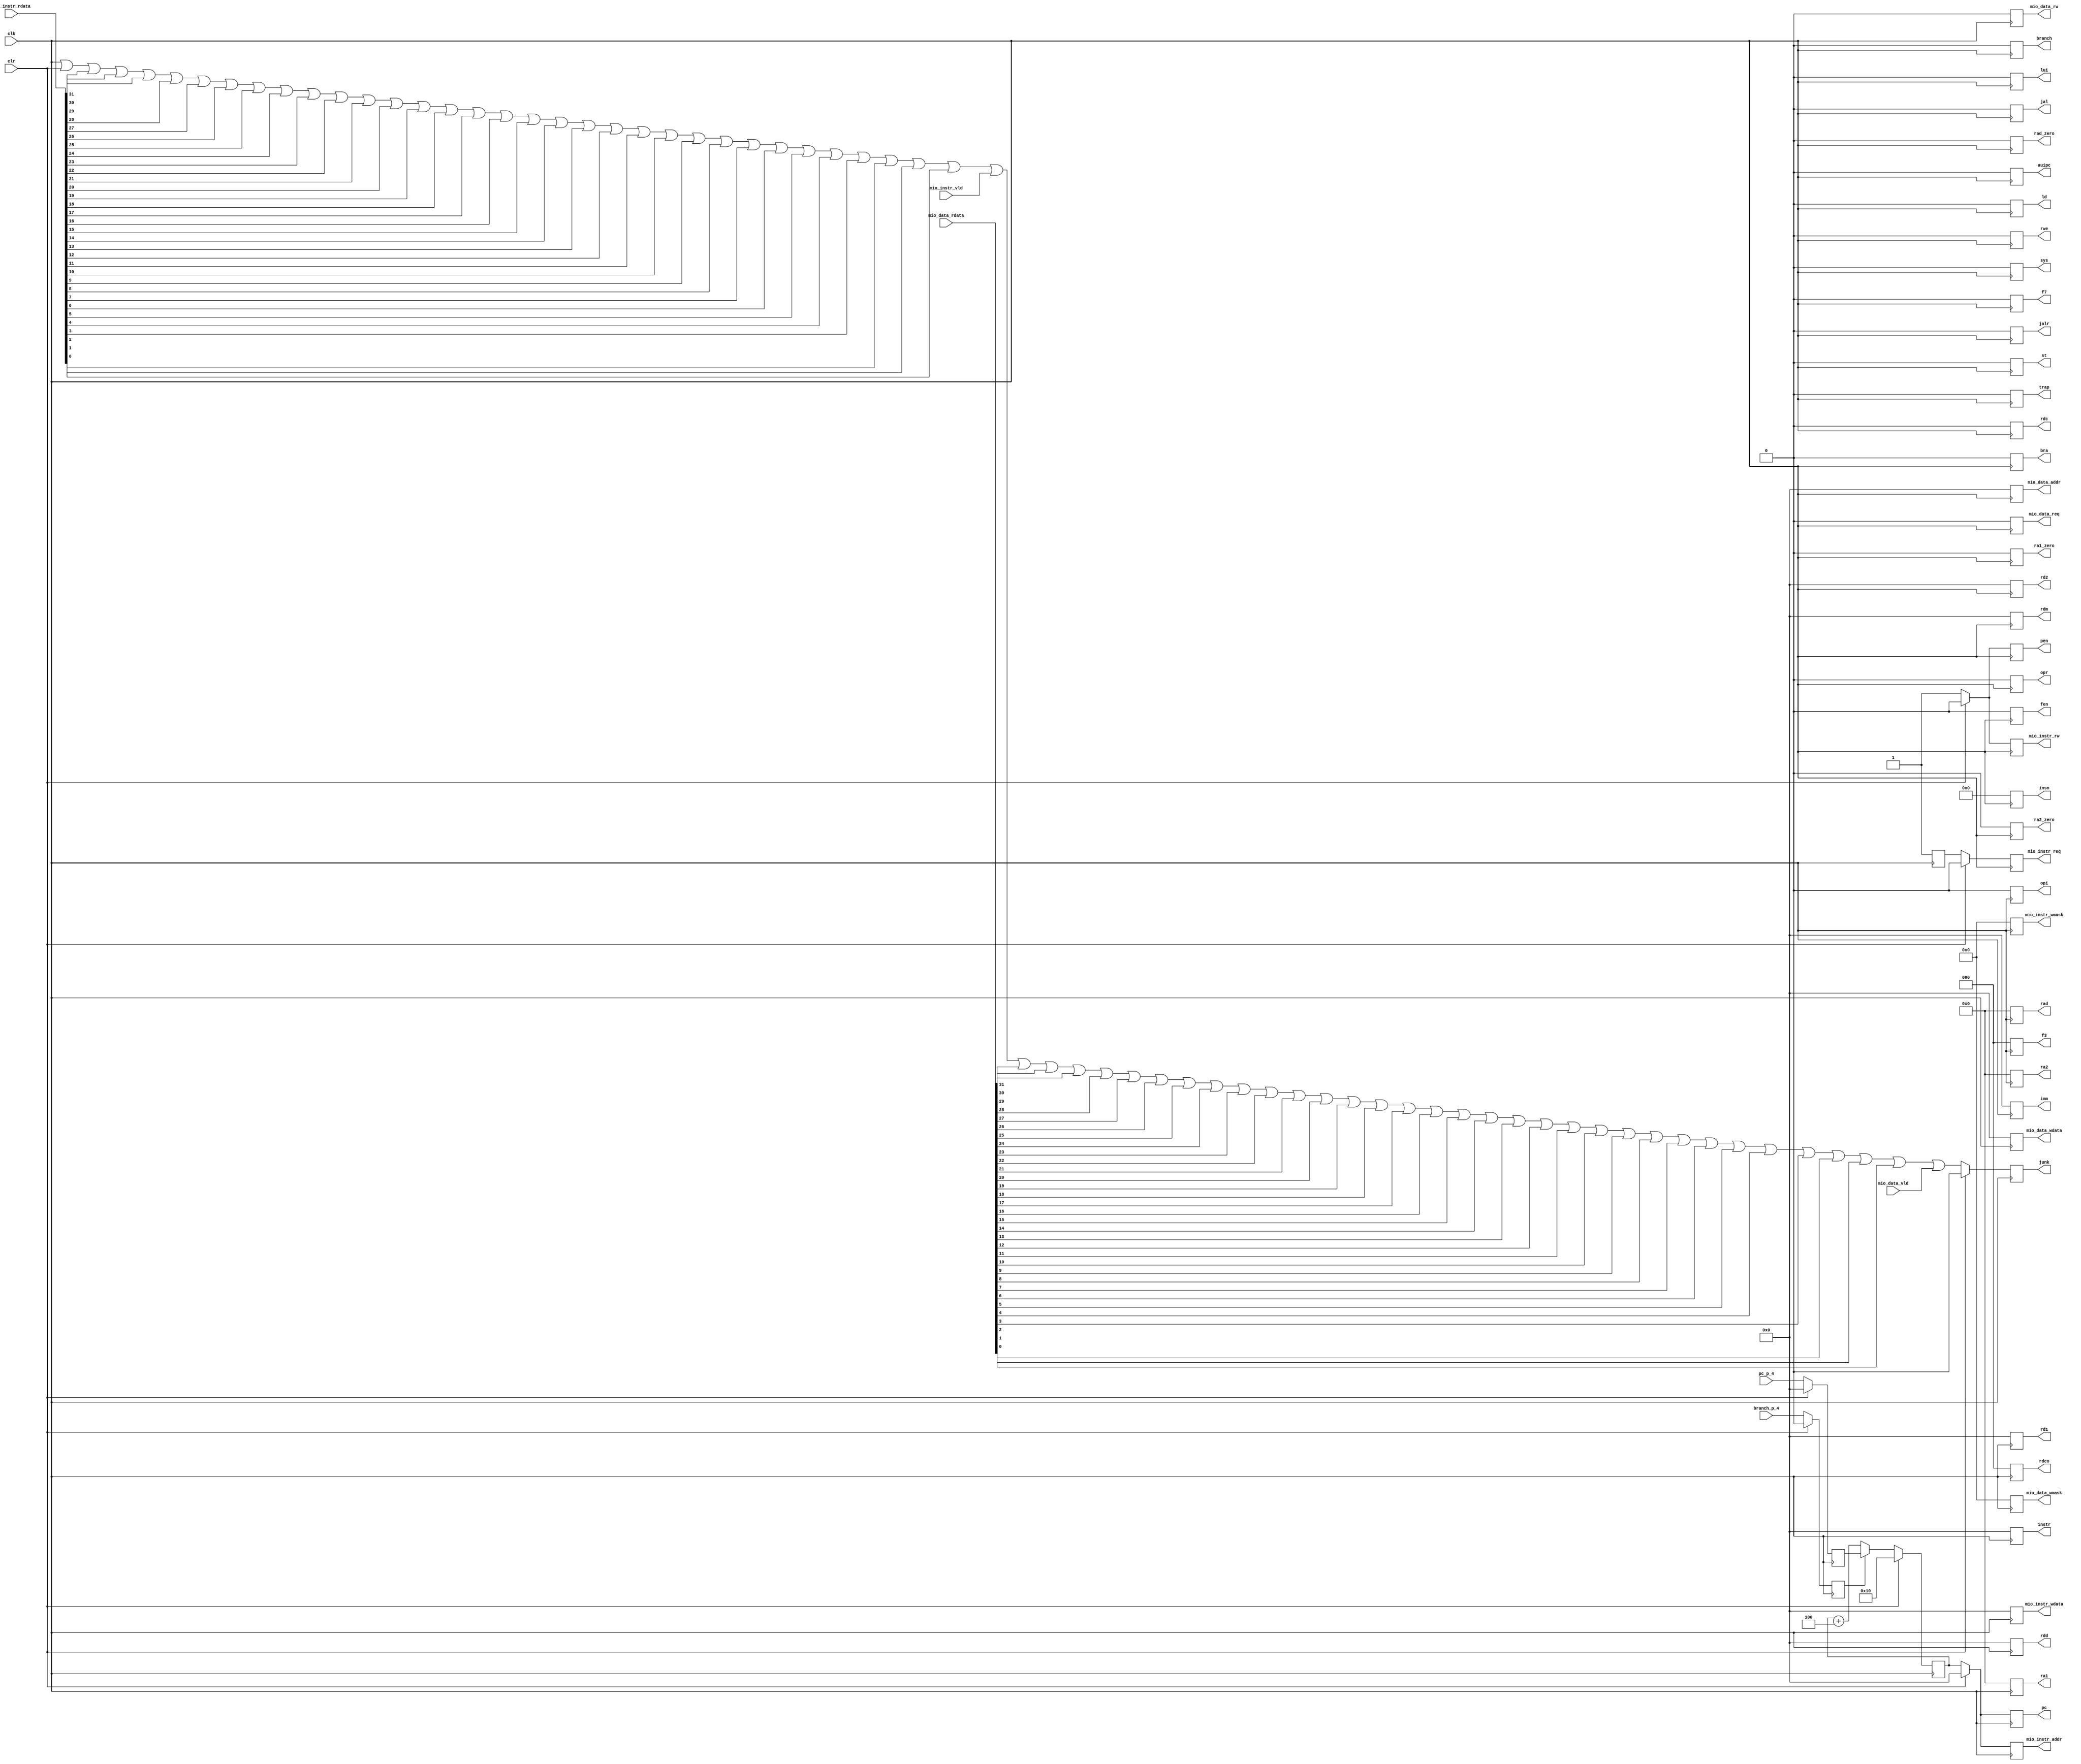
module fetch (
    mio_data_vld,
    mio_data_rdata,
    mio_instr_vld,
    mio_instr_rdata,
    pc_p_4,
    branch_p_4,
    clr,
    clk,
    pen,
    ra1,
    ra2,
    rad,
    ra1_zero,
    ra2_zero,
    rad_zero,
    rd1,
    rd2,
    rdd,
    rdm,
    imm,
    pc,
    instr,
    insn,
    trap,
    lui,
    auipc,
    jal,
    jalr,
    bra,
    ld,
    st,
    opi,
    opr,
    fen,
    sys,
    rdc,
    rdco,
    f3,
    f7,
    branch,
    rwe,
    mio_instr_addr,
    mio_instr_wdata,
    mio_instr_req,
    mio_instr_rw,
    mio_instr_wmask,
    mio_data_addr,
    mio_data_wdata,
    mio_data_req,
    mio_data_rw,
    mio_data_wmask,
    junk
);

    input mio_data_vld;
    input [31:0] mio_data_rdata;
    input mio_instr_vld;
    input [31:0] mio_instr_rdata;
    input [31:0] pc_p_4;
    input branch_p_4;
    input clr;
    input clk;
    output pen;
    output [4:0] ra1;
    output [4:0] ra2;
    output [4:0] rad;
    output ra1_zero;
    output ra2_zero;
    output rad_zero;
    output [31:0] rd1;
    output [31:0] rd2;
    output [31:0] rdd;
    output [31:0] rdm;
    output [31:0] imm;
    output [31:0] pc;
    output [31:0] instr;
    output [47:0] insn;
    output trap;
    output lui;
    output auipc;
    output jal;
    output jalr;
    output bra;
    output ld;
    output st;
    output opi;
    output opr;
    output fen;
    output sys;
    output rdc;
    output [2:0] rdco;
    output [2:0] f3;
    output f7;
    output branch;
    output rwe;
    output [31:0] mio_instr_addr;
    output [31:0] mio_instr_wdata;
    output mio_instr_req;
    output mio_instr_rw;
    output [3:0] mio_instr_wmask;
    output [31:0] mio_data_addr;
    output [31:0] mio_data_wdata;
    output mio_data_req;
    output mio_data_rw;
    output [3:0] mio_data_wmask;
    output junk;

    /* signal declarations */
    wire _2170 = 1'b0;
    wire _2171 = 1'b0;
    wire _1815;
    wire _1816;
    wire _1817;
    wire _1818;
    wire _1819;
    wire _1820;
    wire _1821;
    wire _1822;
    wire _1823;
    wire _1824;
    wire _1825;
    wire _1826;
    wire _1827;
    wire _1828;
    wire _1829;
    wire _1830;
    wire _1831;
    wire _1832;
    wire _1833;
    wire _1834;
    wire _1835;
    wire _1836;
    wire _1837;
    wire _1838;
    wire _1839;
    wire _1840;
    wire _1841;
    wire _1842;
    wire _1843;
    wire _1844;
    wire _1845;
    wire _1846;
    wire _1847;
    wire _1848;
    wire _1849;
    wire _1850;
    wire _1851;
    wire _1852;
    wire _1853;
    wire _1854;
    wire _1855;
    wire _1856;
    wire _1857;
    wire _1858;
    wire _1859;
    wire _1860;
    wire _1861;
    wire _1862;
    wire _1863;
    wire _1864;
    wire _1865;
    wire _1866;
    wire _1867;
    wire _1868;
    wire _1869;
    wire _1870;
    wire _1871;
    wire _1872;
    wire _1873;
    wire _1874;
    wire _1875;
    wire _1876;
    wire _1877;
    wire _1878;
    wire _1879;
    wire _1880;
    wire _1881;
    wire [67:0] _1814;
    wire _1882;
    wire _1883;
    wire _1884;
    wire _1885;
    wire _1886;
    wire _1887;
    wire _1888;
    wire _1889;
    wire _1890;
    wire _1891;
    wire _1892;
    wire _1893;
    wire _1894;
    wire _1895;
    wire _1896;
    wire _1897;
    wire _1898;
    wire _1899;
    wire _1900;
    wire _1901;
    wire _1902;
    wire _1903;
    wire _1904;
    wire _1905;
    wire _1906;
    wire _1907;
    wire _1908;
    wire _1909;
    wire _1910;
    wire _1911;
    wire _1912;
    wire _1913;
    wire _1914;
    wire _1915;
    wire _1916;
    wire _1917;
    wire _1918;
    wire _1919;
    wire _1920;
    wire _1921;
    wire _1922;
    wire _1923;
    wire _1924;
    wire _1925;
    wire _1926;
    wire _1927;
    wire _1928;
    wire _1929;
    wire _1930;
    wire _1931;
    wire _1932;
    wire _1933;
    wire _1934;
    wire _1935;
    wire _1936;
    wire _1937;
    wire _1938;
    wire _1939;
    wire _1940;
    wire _1941;
    wire _1942;
    wire _1943;
    wire _1944;
    wire _1945;
    wire _1946;
    wire _1947;
    wire _1948;
    wire _1949;
    reg _2172;
    wire [3:0] _2166 = 4'b0000;
    wire [3:0] _2167 = 4'b0000;
    wire [3:0] _1951 = 4'b0000;
    reg [3:0] _2168;
    wire _2162 = 1'b0;
    wire _2163 = 1'b0;
    wire _1952 = 1'b0;
    reg _2164;
    wire _2158 = 1'b0;
    wire _2159 = 1'b0;
    wire _1953 = 1'b0;
    reg _2160;
    wire [31:0] _2154 = 32'b00000000000000000000000000000000;
    wire [31:0] _2155 = 32'b00000000000000000000000000000000;
    wire [31:0] _1954 = 32'b00000000000000000000000000000000;
    reg [31:0] _2156;
    wire [31:0] _2150 = 32'b00000000000000000000000000000000;
    wire [31:0] _2151 = 32'b00000000000000000000000000000000;
    wire [31:0] _1955 = 32'b00000000000000000000000000000000;
    reg [31:0] _2152;
    wire [3:0] _2146 = 4'b0000;
    wire [3:0] _2147 = 4'b0000;
    wire [3:0] _1994 = 4'b0000;
    reg [3:0] _2148;
    wire _2142 = 1'b0;
    wire _2143 = 1'b0;
    reg _2144;
    wire _2138 = 1'b0;
    wire _2139 = 1'b0;
    wire _1995 = 1'b0;
    reg _1996;
    reg _2140;
    wire [31:0] _2134 = 32'b00000000000000000000000000000000;
    wire [31:0] _2135 = 32'b00000000000000000000000000000000;
    wire [31:0] _1997 = 32'b00000000000000000000000000000000;
    reg [31:0] _2136;
    wire [31:0] _2130 = 32'b00000000000000000000000000000000;
    wire [31:0] _2131 = 32'b00000000000000000000000000000000;
    reg [31:0] _2132;
    wire _2126 = 1'b0;
    wire _2127 = 1'b0;
    wire _1961 = 1'b0;
    reg _2128;
    wire _2122 = 1'b0;
    wire _2123 = 1'b0;
    wire _1962 = 1'b0;
    reg _2124;
    wire _2118 = 1'b0;
    wire _2119 = 1'b0;
    wire _1963 = 1'b0;
    reg _2120;
    wire [2:0] _2114 = 3'b000;
    wire [2:0] _2115 = 3'b000;
    wire [2:0] _1964 = 3'b000;
    reg [2:0] _2116;
    wire [2:0] _2110 = 3'b000;
    wire [2:0] _2111 = 3'b000;
    wire [2:0] _1965 = 3'b000;
    reg [2:0] _2112;
    wire _2106 = 1'b0;
    wire _2107 = 1'b0;
    wire _1966 = 1'b0;
    reg _2108;
    wire _2102 = 1'b0;
    wire _2103 = 1'b0;
    wire _1967 = 1'b0;
    reg _2104;
    wire _2098 = 1'b0;
    wire _2099 = 1'b0;
    wire _1968 = 1'b0;
    reg _2100;
    wire _2094 = 1'b0;
    wire _2095 = 1'b0;
    wire _1969 = 1'b0;
    reg _2096;
    wire _2090 = 1'b0;
    wire _2091 = 1'b0;
    wire _1970 = 1'b0;
    reg _2092;
    wire _2086 = 1'b0;
    wire _2087 = 1'b0;
    wire _1971 = 1'b0;
    reg _2088;
    wire _2082 = 1'b0;
    wire _2083 = 1'b0;
    wire _1972 = 1'b0;
    reg _2084;
    wire _2078 = 1'b0;
    wire _2079 = 1'b0;
    wire _1973 = 1'b0;
    reg _2080;
    wire _2074 = 1'b0;
    wire _2075 = 1'b0;
    wire _1974 = 1'b0;
    reg _2076;
    wire _2070 = 1'b0;
    wire _2071 = 1'b0;
    wire _1975 = 1'b0;
    reg _2072;
    wire _2066 = 1'b0;
    wire _2067 = 1'b0;
    wire _1976 = 1'b0;
    reg _2068;
    wire _2062 = 1'b0;
    wire _2063 = 1'b0;
    wire _1977 = 1'b0;
    reg _2064;
    wire _2058 = 1'b0;
    wire _2059 = 1'b0;
    wire _1978 = 1'b0;
    reg _2060;
    wire [47:0] _2054 = 48'b000000000000000000000000000000000000000000000000;
    wire [47:0] _2055 = 48'b000000000000000000000000000000000000000000000000;
    wire [47:0] _1979 = 48'b000000000000000000000000000000000000000000000000;
    reg [47:0] _2056;
    wire [31:0] _2050 = 32'b00000000000000000000000000000000;
    wire [31:0] _2051 = 32'b00000000000000000000000000000000;
    wire [31:0] _1980 = 32'b00000000000000000000000000000000;
    reg [31:0] _2052;
    wire [31:0] _2046 = 32'b00000000000000000000000000000000;
    wire [31:0] _2047 = 32'b00000000000000000000000000000000;
    wire [31:0] _1807 = 32'b00000000000000000000000000010000;
    wire [31:0] _1809 = 32'b00000000000000000000000000000000;
    wire [31:0] _876 = 32'b00000000000000000000000000000000;
    wire [31:0] _877 = 32'b00000000000000000000000000000000;
    reg [31:0] _878;
    wire [31:0] _1811 = 32'b00000000000000000000000000000100;
    wire [31:0] _1812;
    wire _800 = 1'b0;
    wire _801 = 1'b0;
    reg _802;
    wire [31:0] _1813;
    wire [31:0] _1808;
    reg [31:0] _1810;
    reg [31:0] _2048;
    wire [31:0] _2042 = 32'b00000000000000000000000000000000;
    wire [31:0] _2043 = 32'b00000000000000000000000000000000;
    wire [31:0] _1982 = 32'b00000000000000000000000000000000;
    reg [31:0] _2044;
    wire [31:0] _2038 = 32'b00000000000000000000000000000000;
    wire [31:0] _2039 = 32'b00000000000000000000000000000000;
    wire [31:0] _1983 = 32'b00000000000000000000000000000000;
    reg [31:0] _2040;
    wire [31:0] _2034 = 32'b00000000000000000000000000000000;
    wire [31:0] _2035 = 32'b00000000000000000000000000000000;
    wire [31:0] _1984 = 32'b00000000000000000000000000000000;
    reg [31:0] _2036;
    wire [31:0] _2030 = 32'b00000000000000000000000000000000;
    wire [31:0] _2031 = 32'b00000000000000000000000000000000;
    wire [31:0] _1985 = 32'b00000000000000000000000000000000;
    reg [31:0] _2032;
    wire [31:0] _2026 = 32'b00000000000000000000000000000000;
    wire [31:0] _2027 = 32'b00000000000000000000000000000000;
    wire [31:0] _1986 = 32'b00000000000000000000000000000000;
    reg [31:0] _2028;
    wire _2022 = 1'b0;
    wire _2023 = 1'b0;
    wire _1987 = 1'b0;
    reg _2024;
    wire _2018 = 1'b0;
    wire _2019 = 1'b0;
    wire _1988 = 1'b0;
    reg _2020;
    wire _2014 = 1'b0;
    wire _2015 = 1'b0;
    wire _1989 = 1'b0;
    reg _2016;
    wire [4:0] _2010 = 5'b00000;
    wire [4:0] _2011 = 5'b00000;
    wire [4:0] _1990 = 5'b00000;
    reg [4:0] _2012;
    wire [4:0] _2006 = 5'b00000;
    wire [4:0] _2007 = 5'b00000;
    wire [4:0] _1991 = 5'b00000;
    reg [4:0] _2008;
    wire [4:0] _2002 = 5'b00000;
    wire [4:0] _2003 = 5'b00000;
    wire [4:0] _1992 = 5'b00000;
    reg [4:0] _2004;
    wire _1998 = 1'b0;
    wire _1999 = 1'b0;
    wire vdd = 1'b1;
    reg _2000;

    /* logic */
    assign _1815 = _1814[0:0];
    assign _1816 = _1814[1:1];
    assign _1817 = _1814[2:2];
    assign _1818 = _1814[3:3];
    assign _1819 = _1814[4:4];
    assign _1820 = _1814[5:5];
    assign _1821 = _1814[6:6];
    assign _1822 = _1814[7:7];
    assign _1823 = _1814[8:8];
    assign _1824 = _1814[9:9];
    assign _1825 = _1814[10:10];
    assign _1826 = _1814[11:11];
    assign _1827 = _1814[12:12];
    assign _1828 = _1814[13:13];
    assign _1829 = _1814[14:14];
    assign _1830 = _1814[15:15];
    assign _1831 = _1814[16:16];
    assign _1832 = _1814[17:17];
    assign _1833 = _1814[18:18];
    assign _1834 = _1814[19:19];
    assign _1835 = _1814[20:20];
    assign _1836 = _1814[21:21];
    assign _1837 = _1814[22:22];
    assign _1838 = _1814[23:23];
    assign _1839 = _1814[24:24];
    assign _1840 = _1814[25:25];
    assign _1841 = _1814[26:26];
    assign _1842 = _1814[27:27];
    assign _1843 = _1814[28:28];
    assign _1844 = _1814[29:29];
    assign _1845 = _1814[30:30];
    assign _1846 = _1814[31:31];
    assign _1847 = _1814[32:32];
    assign _1848 = _1814[33:33];
    assign _1849 = _1814[34:34];
    assign _1850 = _1814[35:35];
    assign _1851 = _1814[36:36];
    assign _1852 = _1814[37:37];
    assign _1853 = _1814[38:38];
    assign _1854 = _1814[39:39];
    assign _1855 = _1814[40:40];
    assign _1856 = _1814[41:41];
    assign _1857 = _1814[42:42];
    assign _1858 = _1814[43:43];
    assign _1859 = _1814[44:44];
    assign _1860 = _1814[45:45];
    assign _1861 = _1814[46:46];
    assign _1862 = _1814[47:47];
    assign _1863 = _1814[48:48];
    assign _1864 = _1814[49:49];
    assign _1865 = _1814[50:50];
    assign _1866 = _1814[51:51];
    assign _1867 = _1814[52:52];
    assign _1868 = _1814[53:53];
    assign _1869 = _1814[54:54];
    assign _1870 = _1814[55:55];
    assign _1871 = _1814[56:56];
    assign _1872 = _1814[57:57];
    assign _1873 = _1814[58:58];
    assign _1874 = _1814[59:59];
    assign _1875 = _1814[60:60];
    assign _1876 = _1814[61:61];
    assign _1877 = _1814[62:62];
    assign _1878 = _1814[63:63];
    assign _1879 = _1814[64:64];
    assign _1880 = _1814[65:65];
    assign _1881 = _1814[66:66];
    assign _1814 = { clk, clr, mio_instr_rdata, mio_instr_vld, mio_data_rdata, mio_data_vld };
    assign _1882 = _1814[67:67];
    assign _1883 = _1882 | _1881;
    assign _1884 = _1883 | _1880;
    assign _1885 = _1884 | _1879;
    assign _1886 = _1885 | _1878;
    assign _1887 = _1886 | _1877;
    assign _1888 = _1887 | _1876;
    assign _1889 = _1888 | _1875;
    assign _1890 = _1889 | _1874;
    assign _1891 = _1890 | _1873;
    assign _1892 = _1891 | _1872;
    assign _1893 = _1892 | _1871;
    assign _1894 = _1893 | _1870;
    assign _1895 = _1894 | _1869;
    assign _1896 = _1895 | _1868;
    assign _1897 = _1896 | _1867;
    assign _1898 = _1897 | _1866;
    assign _1899 = _1898 | _1865;
    assign _1900 = _1899 | _1864;
    assign _1901 = _1900 | _1863;
    assign _1902 = _1901 | _1862;
    assign _1903 = _1902 | _1861;
    assign _1904 = _1903 | _1860;
    assign _1905 = _1904 | _1859;
    assign _1906 = _1905 | _1858;
    assign _1907 = _1906 | _1857;
    assign _1908 = _1907 | _1856;
    assign _1909 = _1908 | _1855;
    assign _1910 = _1909 | _1854;
    assign _1911 = _1910 | _1853;
    assign _1912 = _1911 | _1852;
    assign _1913 = _1912 | _1851;
    assign _1914 = _1913 | _1850;
    assign _1915 = _1914 | _1849;
    assign _1916 = _1915 | _1848;
    assign _1917 = _1916 | _1847;
    assign _1918 = _1917 | _1846;
    assign _1919 = _1918 | _1845;
    assign _1920 = _1919 | _1844;
    assign _1921 = _1920 | _1843;
    assign _1922 = _1921 | _1842;
    assign _1923 = _1922 | _1841;
    assign _1924 = _1923 | _1840;
    assign _1925 = _1924 | _1839;
    assign _1926 = _1925 | _1838;
    assign _1927 = _1926 | _1837;
    assign _1928 = _1927 | _1836;
    assign _1929 = _1928 | _1835;
    assign _1930 = _1929 | _1834;
    assign _1931 = _1930 | _1833;
    assign _1932 = _1931 | _1832;
    assign _1933 = _1932 | _1831;
    assign _1934 = _1933 | _1830;
    assign _1935 = _1934 | _1829;
    assign _1936 = _1935 | _1828;
    assign _1937 = _1936 | _1827;
    assign _1938 = _1937 | _1826;
    assign _1939 = _1938 | _1825;
    assign _1940 = _1939 | _1824;
    assign _1941 = _1940 | _1823;
    assign _1942 = _1941 | _1822;
    assign _1943 = _1942 | _1821;
    assign _1944 = _1943 | _1820;
    assign _1945 = _1944 | _1819;
    assign _1946 = _1945 | _1818;
    assign _1947 = _1946 | _1817;
    assign _1948 = _1947 | _1816;
    assign _1949 = _1948 | _1815;
    always @(posedge clk) begin
        if (clr)
            _2172 <= _2170;
        else
            _2172 <= _1949;
    end
    always @(posedge clk) begin
        if (clr)
            _2168 <= _2166;
        else
            _2168 <= _1951;
    end
    always @(posedge clk) begin
        if (clr)
            _2164 <= _2162;
        else
            _2164 <= _1952;
    end
    always @(posedge clk) begin
        if (clr)
            _2160 <= _2158;
        else
            _2160 <= _1953;
    end
    always @(posedge clk) begin
        if (clr)
            _2156 <= _2154;
        else
            _2156 <= _1954;
    end
    always @(posedge clk) begin
        if (clr)
            _2152 <= _2150;
        else
            _2152 <= _1955;
    end
    always @(posedge clk) begin
        if (clr)
            _2148 <= _2146;
        else
            _2148 <= _1994;
    end
    always @(posedge clk) begin
        if (clr)
            _2144 <= _2142;
        else
            _2144 <= vdd;
    end
    always @(posedge clk) begin
        if (clr)
            _1996 <= vdd;
        else
            _1996 <= vdd;
    end
    always @(posedge clk) begin
        if (clr)
            _2140 <= _2138;
        else
            _2140 <= _1996;
    end
    always @(posedge clk) begin
        if (clr)
            _2136 <= _2134;
        else
            _2136 <= _1997;
    end
    always @(posedge clk) begin
        if (clr)
            _2132 <= _2130;
        else
            _2132 <= _1810;
    end
    always @(posedge clk) begin
        if (clr)
            _2128 <= _2126;
        else
            _2128 <= _1961;
    end
    always @(posedge clk) begin
        if (clr)
            _2124 <= _2122;
        else
            _2124 <= _1962;
    end
    always @(posedge clk) begin
        if (clr)
            _2120 <= _2118;
        else
            _2120 <= _1963;
    end
    always @(posedge clk) begin
        if (clr)
            _2116 <= _2114;
        else
            _2116 <= _1964;
    end
    always @(posedge clk) begin
        if (clr)
            _2112 <= _2110;
        else
            _2112 <= _1965;
    end
    always @(posedge clk) begin
        if (clr)
            _2108 <= _2106;
        else
            _2108 <= _1966;
    end
    always @(posedge clk) begin
        if (clr)
            _2104 <= _2102;
        else
            _2104 <= _1967;
    end
    always @(posedge clk) begin
        if (clr)
            _2100 <= _2098;
        else
            _2100 <= _1968;
    end
    always @(posedge clk) begin
        if (clr)
            _2096 <= _2094;
        else
            _2096 <= _1969;
    end
    always @(posedge clk) begin
        if (clr)
            _2092 <= _2090;
        else
            _2092 <= _1970;
    end
    always @(posedge clk) begin
        if (clr)
            _2088 <= _2086;
        else
            _2088 <= _1971;
    end
    always @(posedge clk) begin
        if (clr)
            _2084 <= _2082;
        else
            _2084 <= _1972;
    end
    always @(posedge clk) begin
        if (clr)
            _2080 <= _2078;
        else
            _2080 <= _1973;
    end
    always @(posedge clk) begin
        if (clr)
            _2076 <= _2074;
        else
            _2076 <= _1974;
    end
    always @(posedge clk) begin
        if (clr)
            _2072 <= _2070;
        else
            _2072 <= _1975;
    end
    always @(posedge clk) begin
        if (clr)
            _2068 <= _2066;
        else
            _2068 <= _1976;
    end
    always @(posedge clk) begin
        if (clr)
            _2064 <= _2062;
        else
            _2064 <= _1977;
    end
    always @(posedge clk) begin
        if (clr)
            _2060 <= _2058;
        else
            _2060 <= _1978;
    end
    always @(posedge clk) begin
        if (clr)
            _2056 <= _2054;
        else
            _2056 <= _1979;
    end
    always @(posedge clk) begin
        if (clr)
            _2052 <= _2050;
        else
            _2052 <= _1980;
    end
    always @(posedge clk) begin
        if (clr)
            _878 <= _876;
        else
            _878 <= pc_p_4;
    end
    assign _1812 = _1810 + _1811;
    always @(posedge clk) begin
        if (clr)
            _802 <= _800;
        else
            _802 <= branch_p_4;
    end
    assign _1813 = _802 ? _878 : _1812;
    assign _1808 = _1813;
    always @(posedge clk) begin
        if (clr)
            _1810 <= _1807;
        else
            _1810 <= _1808;
    end
    always @(posedge clk) begin
        if (clr)
            _2048 <= _2046;
        else
            _2048 <= _1810;
    end
    always @(posedge clk) begin
        if (clr)
            _2044 <= _2042;
        else
            _2044 <= _1982;
    end
    always @(posedge clk) begin
        if (clr)
            _2040 <= _2038;
        else
            _2040 <= _1983;
    end
    always @(posedge clk) begin
        if (clr)
            _2036 <= _2034;
        else
            _2036 <= _1984;
    end
    always @(posedge clk) begin
        if (clr)
            _2032 <= _2030;
        else
            _2032 <= _1985;
    end
    always @(posedge clk) begin
        if (clr)
            _2028 <= _2026;
        else
            _2028 <= _1986;
    end
    always @(posedge clk) begin
        if (clr)
            _2024 <= _2022;
        else
            _2024 <= _1987;
    end
    always @(posedge clk) begin
        if (clr)
            _2020 <= _2018;
        else
            _2020 <= _1988;
    end
    always @(posedge clk) begin
        if (clr)
            _2016 <= _2014;
        else
            _2016 <= _1989;
    end
    always @(posedge clk) begin
        if (clr)
            _2012 <= _2010;
        else
            _2012 <= _1990;
    end
    always @(posedge clk) begin
        if (clr)
            _2008 <= _2006;
        else
            _2008 <= _1991;
    end
    always @(posedge clk) begin
        if (clr)
            _2004 <= _2002;
        else
            _2004 <= _1992;
    end
    always @(posedge clk) begin
        if (clr)
            _2000 <= _1998;
        else
            _2000 <= vdd;
    end

    /* aliases */

    /* output assignments */
    assign pen = _2000;
    assign ra1 = _2004;
    assign ra2 = _2008;
    assign rad = _2012;
    assign ra1_zero = _2016;
    assign ra2_zero = _2020;
    assign rad_zero = _2024;
    assign rd1 = _2028;
    assign rd2 = _2032;
    assign rdd = _2036;
    assign rdm = _2040;
    assign imm = _2044;
    assign pc = _2048;
    assign instr = _2052;
    assign insn = _2056;
    assign trap = _2060;
    assign lui = _2064;
    assign auipc = _2068;
    assign jal = _2072;
    assign jalr = _2076;
    assign bra = _2080;
    assign ld = _2084;
    assign st = _2088;
    assign opi = _2092;
    assign opr = _2096;
    assign fen = _2100;
    assign sys = _2104;
    assign rdc = _2108;
    assign rdco = _2112;
    assign f3 = _2116;
    assign f7 = _2120;
    assign branch = _2124;
    assign rwe = _2128;
    assign mio_instr_addr = _2132;
    assign mio_instr_wdata = _2136;
    assign mio_instr_req = _2140;
    assign mio_instr_rw = _2144;
    assign mio_instr_wmask = _2148;
    assign mio_data_addr = _2152;
    assign mio_data_wdata = _2156;
    assign mio_data_req = _2160;
    assign mio_data_rw = _2164;
    assign mio_data_wmask = _2168;
    assign junk = _2172;

endmodule